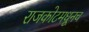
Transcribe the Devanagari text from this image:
राजकोटमधूनच